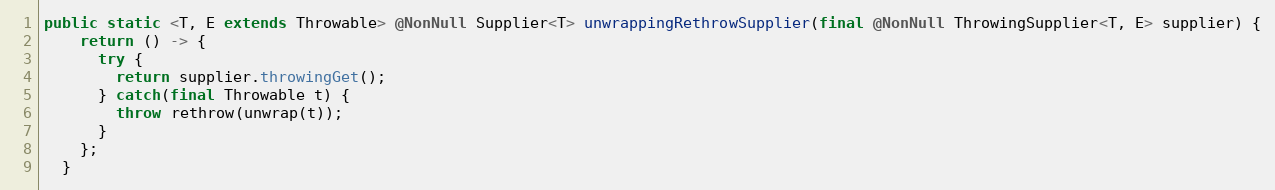
Language: Java
public static <T, E extends Throwable> @NonNull Supplier<T> unwrappingRethrowSupplier(final @NonNull ThrowingSupplier<T, E> supplier) {
    return () -> {
      try {
        return supplier.throwingGet();
      } catch(final Throwable t) {
        throw rethrow(unwrap(t));
      }
    };
  }